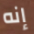
إنه